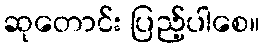
ဆုတောင်း ပြည့်ပါစေ။